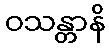
ဝသန္တာနိ